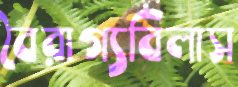
বৈরাগ্যবিলাস